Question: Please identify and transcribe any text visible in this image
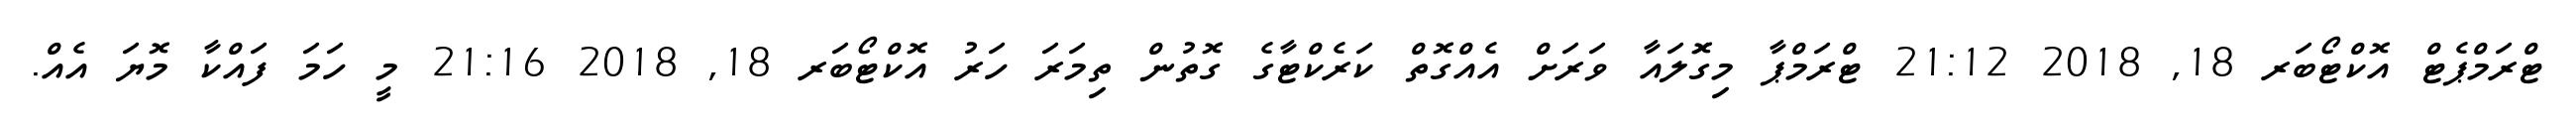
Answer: ޓްރަމްޕެޓް އޮކްޓޯބަރ 18, 2018 21:12 ޓްރަމްޕާ މިގޮަލައާ ވަރަށް އެއްގޮތް ކަރެކްޓާގެ ގޮތުން ތިމަރަ ހަރު އޮކްޓޯބަރ 18, 2018 21:16 މީ ހަމަ ފައްކާ މޮޔަ އެއް.